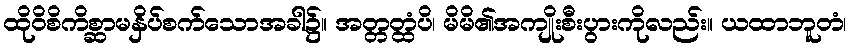
ထိုဝိစိကိစ္ဆာမနှိပ်စက်သောအခါ၌။ အတ္တတ္ထံပိ၊ မိမိ၏အကျိုးစီးပွားကိုလည်း။ ယထာဘူတံ၊